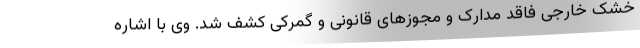
خشک خارجی فاقد مدارک و مجوزهای قانونی و گمرکی کشف شد. وی با اشاره